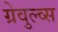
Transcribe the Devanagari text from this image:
ग्रेवुल्व्स